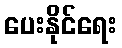
ပေးနိုင်ရေး